Scottish Leaving Certificate Examination, 1957
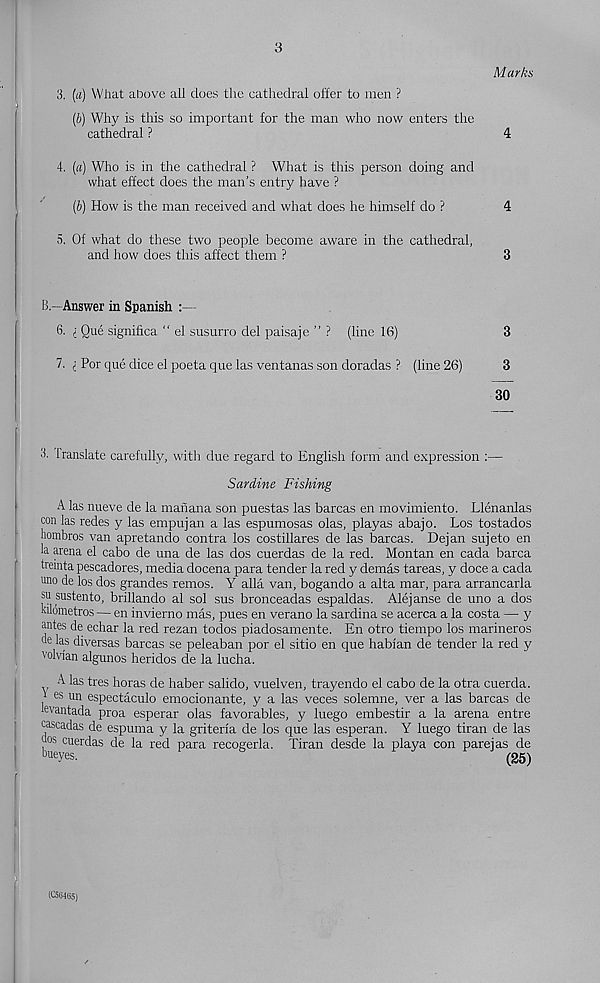
3
M arks
3. (a) Wliat above all does the cathedral offer to men ?
(b) Why is this so important for the man who now enters the
cathedral ?
4
4. (a) Who is in the cathedral ? What is this person doing and
what effect does the man’s entry have ?
(b) How is the man received and what does he himself do ?
4
5. Of what do these two people become aware in the cathedral,
and how does this affect them ?
3
B—Answer in Spanish :—
6. i Que significa “ el susurro del paisaje ’’ ? (line 16)
3
7. i Por que dice el poeta que las ventanas son doradas ? (line 26)
3
30
3. 1 ranslate carefully, with due regard to English form and expression :—
Sardine Fishing
A las nueve de la manana son puestas las barcas en movimiento. Llenanlas
con las redes y las empujan a las espumosas olas, playas abajo. Los tostados
hombros van apretando contra los costillares de las barcas. Dejan sujeto en
la arena el cabo de una de las dos cuerdas de la red. Montan en cada barca
treinta Pescadores, media docena para tender la red y demas tareas, y doce a cada
uno de los dos grandes remos. Y alia van, bogando a alta mar, para arrancarla
su sustento, brillando al sol sus bronceadas espaldas. Alejanse de uno a dos
Kilometros — en invierno mas, pues en verano la sardina se acerca a la costa — y
antes de echar la red rezan todos piadosamente. En otro tiempo los marineros
ae las diversas barcas se peleaban por el sitio en que hablan de tender la red y
volvlan algunos heridos de la lucha.
A las tres horas de haber salido, vuelven, trayendo el cabo de la otra cuerda.
i es un espectaculo emocionante, y a las veces solemne, ver a las barcas de
hvantada proa esperar olas favorables, y luego embestir a la arena entre
cascadas de espuma y la griterla de los que las esperan. Y luego tiran de las
, os cue rdas de la red para recogerla. Tiran desde la playa con parejas de
hueyes.
(25)
(056465)